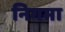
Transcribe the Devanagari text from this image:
निगमा